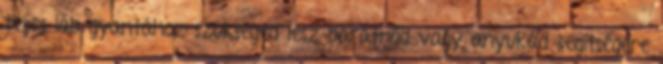
teljes láb gyantához szükséged lesz barátnőd vagy anyukád segítségére